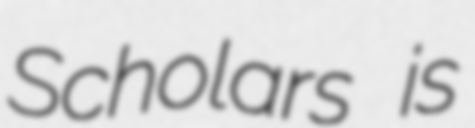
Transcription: Scholars is